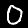
Label: 0